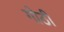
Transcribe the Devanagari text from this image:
गोठीं